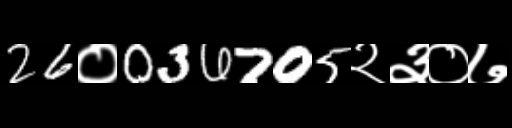
Text: 26०036705२३०७